Indian journal of veterinary science and animal husbandry - Volumes 24-25, 1954-1955
Year: 1954
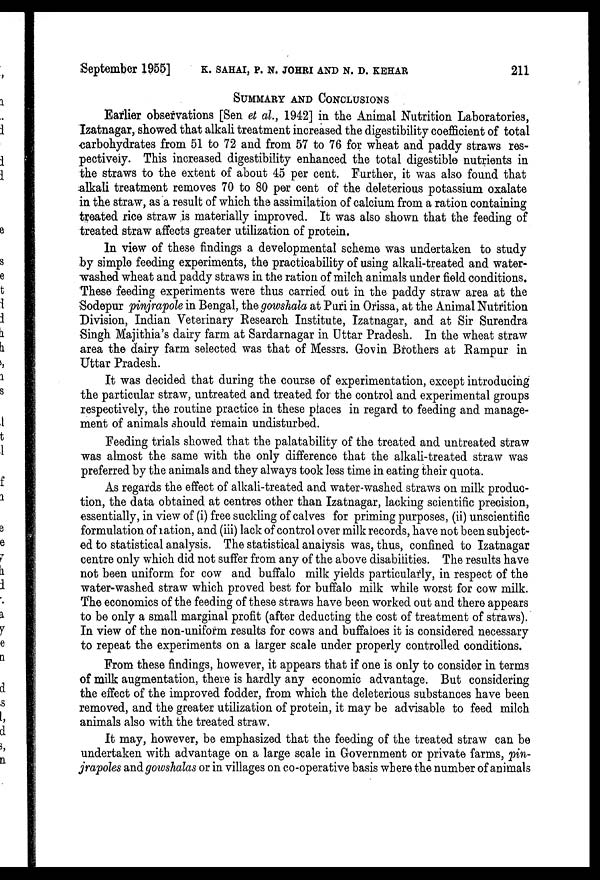
September 1955] K. SAHAI, P. N. JOHRI AND N. D. KEHAR 211
SUMMARY AND CONCLUSIONS
Earlier observations [Sen et al., 1942] in the Animal Nutrition Laboratories,
Izatnagar, showed that alkali treatment increased the digestibility coefficient of total
carbohydrates from 51 to 72 and from 57 to 76 for wheat and paddy straws res-
pectively. This increased digestibility enhanced the total digestible nutrients in
the straws to the extent of about 45 per cent. Further, it was also found that
alkali treatment removes 70 to 80 per cent of the deleterious potassium oxalate
in the straw, as a result of which the assimilation of calcium from a ration containing
treated rice straw is materially improved. It was also shown that the feeding of
treated straw affects greater utilization of protein.
In view of these findings a developmental scheme was undertaken to study
by simple feeding experiments, the practicability of using alkali-treated and water-
washed wheat and paddy straws in the ration of milch animals under field conditions.
These feeding experiments were thus carried out in the paddy straw area at the
Sodepur pinjrapole in Bengal, the gowshala at Puri in Orissa, at the Animal Nutrition
Division, Indian Veterinary Research Institute, Izatnagar, and at Sir Surendra
Singh Majithia's dairy farm at Sardarnagar in Uttar Pradesh. In the wheat straw
area the dairy farm selected was that of Messrs. Govin Brothers at Rampur in
Uttar Pradesh.
It was decided that during the course of experimentation, except introducing
the particular straw, untreated and treated for the control and experimental groups
respectively, the routine practice in these piaces in regard to feeding and manage-
ment of animals should remain undisturbed.
Feeding trials showed that the palatability of the treated and untreated straw
was almost the same with the only difference that the alkali-treated straw was
preferred by the animals and they always took less time in eating their quota.
As regards the effect of alkali-treated and water-washed straws on milk produc-
tion, the data obtained at centres other than Izatnagar, lacking scientific precision,
essentially, in view of (i) free suckling of calves for priming purposes, (ii) unscientific
formulation of ration, and (iii) lack of control over milk records, have not been subject-
ed to statistical analysis. The statistical analysis was, thus, confined to Izatnagar
centre only which did not suffer from any of the above disabilities. The results have
not been uniform for cow and buffalo milk yields particularly, in respect of the
water-washed straw which proved best for buffalo milk while worst for cow milk.
The economics of the feeding of these straws have been worked out and there appears
to be only a small marginal profit (after deducting the cost of treatment of straws).
In view of the non-uniform results for cows and buffaloes it is considered necessary
to repeat the experiments on a larger scale under properly controlled conditions.
From these findings, however, it appears that if one is only to consider in terms
of milk augmentation, there is hardly any economic advantage. But considering
the effect of the improved fodder, from which the deleterious substances have been
removed, and the greater utilization of protein, it may be advisable to feed milch
animals also with the treated straw.
It may, however, be emphasized that the feeding of the treated straw can be
undertaken with advantage on a large scale in Government or private farms, pin-
jrapoles and gowshalas or in villages on co-operative basis where the number of animals